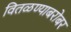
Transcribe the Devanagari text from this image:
वितळण्याबरोबर